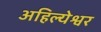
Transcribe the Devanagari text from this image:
अहिल्येश्वर